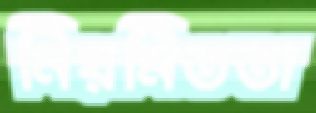
নিয়মিততা